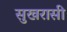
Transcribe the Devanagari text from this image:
सुखरासी